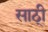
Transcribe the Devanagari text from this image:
साठी्